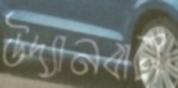
উদ্যানবাটী